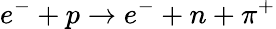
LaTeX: e^{-}+p\rightarrow e^{-}+n+\pi^{+}